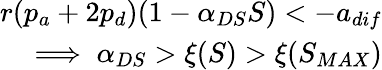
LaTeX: \begin{array}{r}{r(p_{a}+2p_{d})(1-\alpha_{DS}S)<-a_{dif}}\\ {\implies\alpha_{DS}>\xi(S)>\xi(S_{MAX})}\end{array}